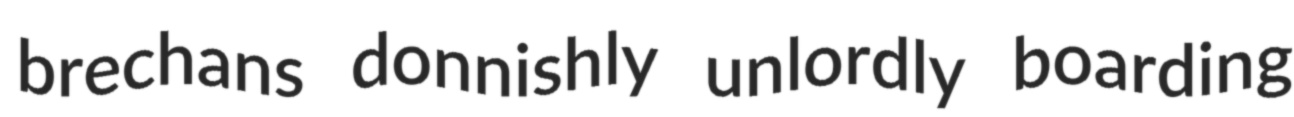
brechans donnishly unlordly boarding